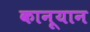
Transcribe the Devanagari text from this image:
कानूयान